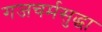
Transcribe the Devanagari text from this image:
गजचर्मसुद्धा